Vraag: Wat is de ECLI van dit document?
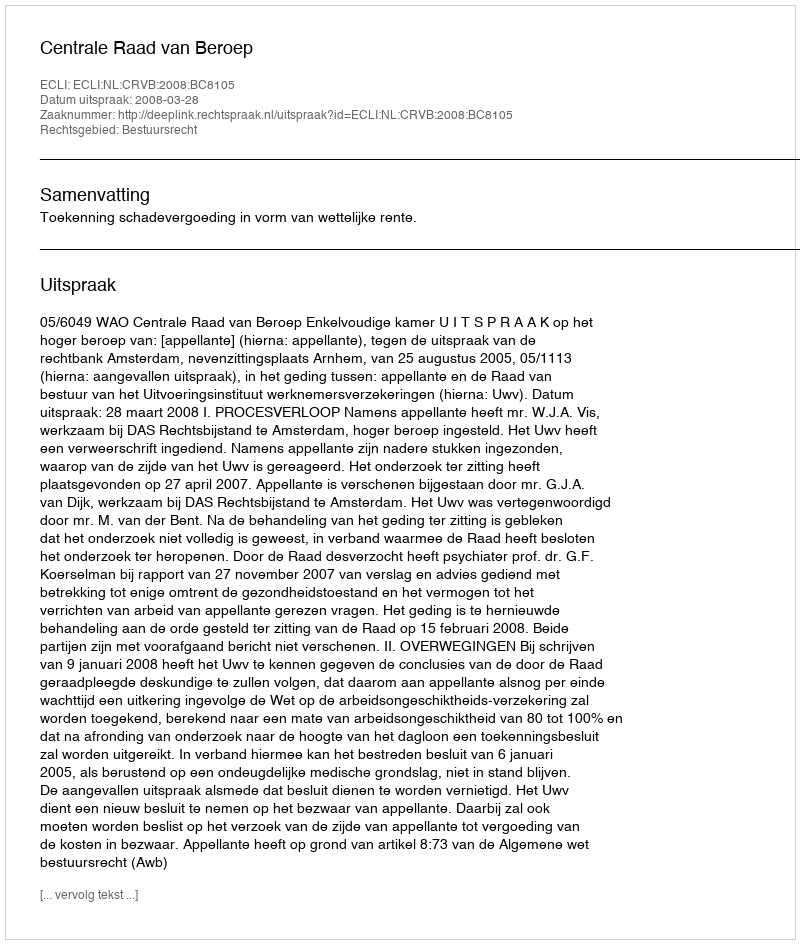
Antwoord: ECLI:NL:CRVB:2008:BC8105